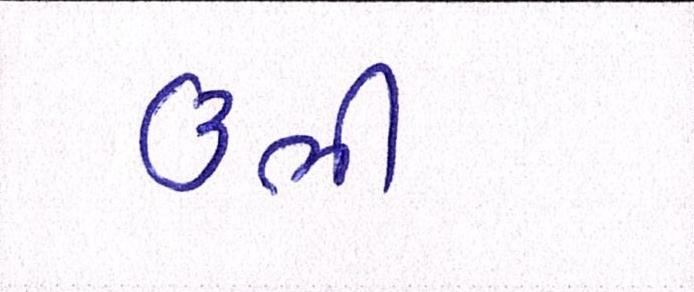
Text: ઉભી